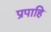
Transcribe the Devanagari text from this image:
प्रपाहि